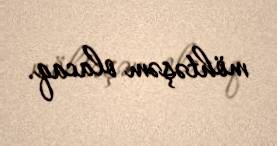
möhtəşəm olacaq.